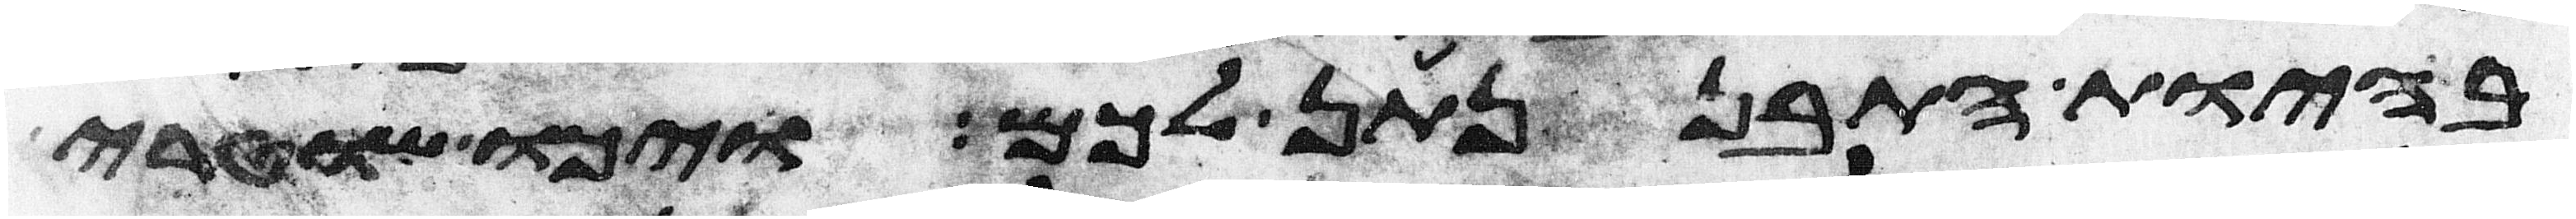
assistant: בהיות התבן נתן לכם ויכו שוטרי